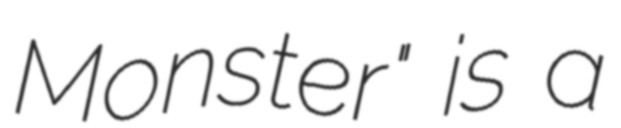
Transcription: Monster" is a